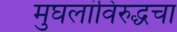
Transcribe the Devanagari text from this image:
मुघलांविरुद्धचा